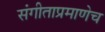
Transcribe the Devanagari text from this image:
संगीताप्रमाणेच